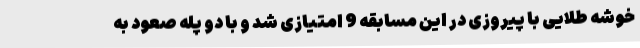
خوشه طلایی با پیروزی در این مسابقه 9 امتیازی شد و با دو پله صعود به